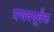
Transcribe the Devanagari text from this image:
प्रणवपूर्वक